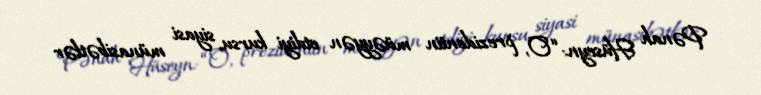
Pənah Hüseyn: “O, prezidentin müəyyən etdiyi kursu, siyasi münasibətlər